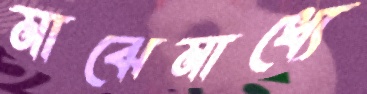
মাঝেমাধ্যে